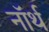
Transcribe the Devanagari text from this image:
नाॅर्थ